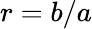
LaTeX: r=b/a